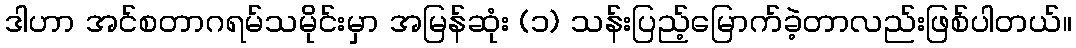
ဒါဟာ အင်စတာဂရမ်သမိုင်းမှာ အမြန်ဆုံး (၁) သန်းပြည့်မြောက်ခဲ့တာလည်းဖြစ်ပါတယ်။